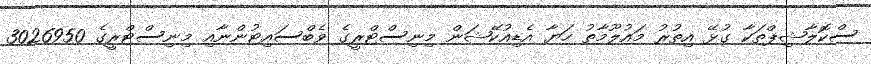
ސްކޮލާޝިޕްތަކާ ގުޅޭ އިތުރު މައުލޫމާތު ހަޔާ އެޑިއުކޭޝަން މިނިސްޓްރީގެ ވެބްސައިޓުންނާއި މިނިސްޓްރީގެ 3026950